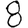
Digit: 8